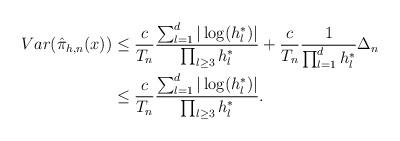
LaTeX: \begin{align*} Var(\hat{\pi}_{h,n}(x)) & \le \frac{c}{T_n}\frac{\sum_{l = 1}^d |\log(h^*_l)|}{\prod_{l \ge 3} h^*_l} + \frac{c}{T_n} \frac{1}{\prod_{l =1}^d h_l^*} \Delta_n \\ & \le \frac{c}{T_n}\frac{\sum_{l = 1}^d |\log(h^*_l)|}{\prod_{l \ge 3} h^*_l}. \end{align*}